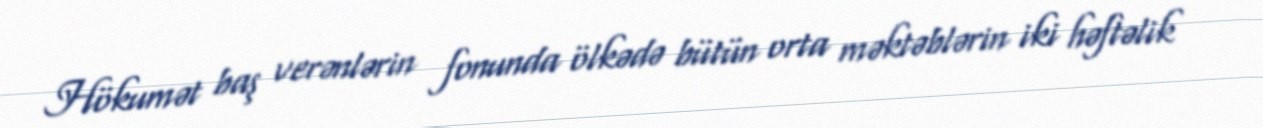
Hökumət baş verənlərin fonunda ölkədə bütün orta məktəblərin iki həftəlik